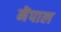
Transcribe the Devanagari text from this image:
नॆपाल